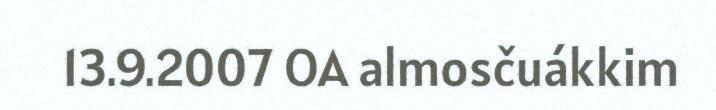
13.9.2007 OA almosčuákkim